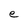
Character: e